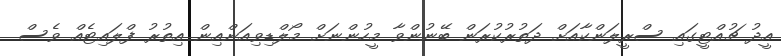
އީދު ޗުއްޓީގައި ސްރީލަންކާއަށް ދަތުރުކުރަން ބޭނުންވާ މީހުންނަށް މޯލްޑިވިއަންއިން އިތުރު ފްލައިޓެއް ވެސް